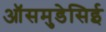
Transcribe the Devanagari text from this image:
ऑसमुडेसिई